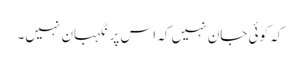
کہ کوئی جان نہیں کہ اس پر نگہبان نہیں۔